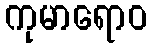
ကုမာရောဝ